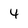
Character: 4